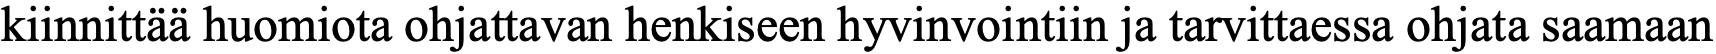
kiinnittää huomiota ohjattavan henkiseen hyvinvointiin ja tarvittaessa ohjata saamaan